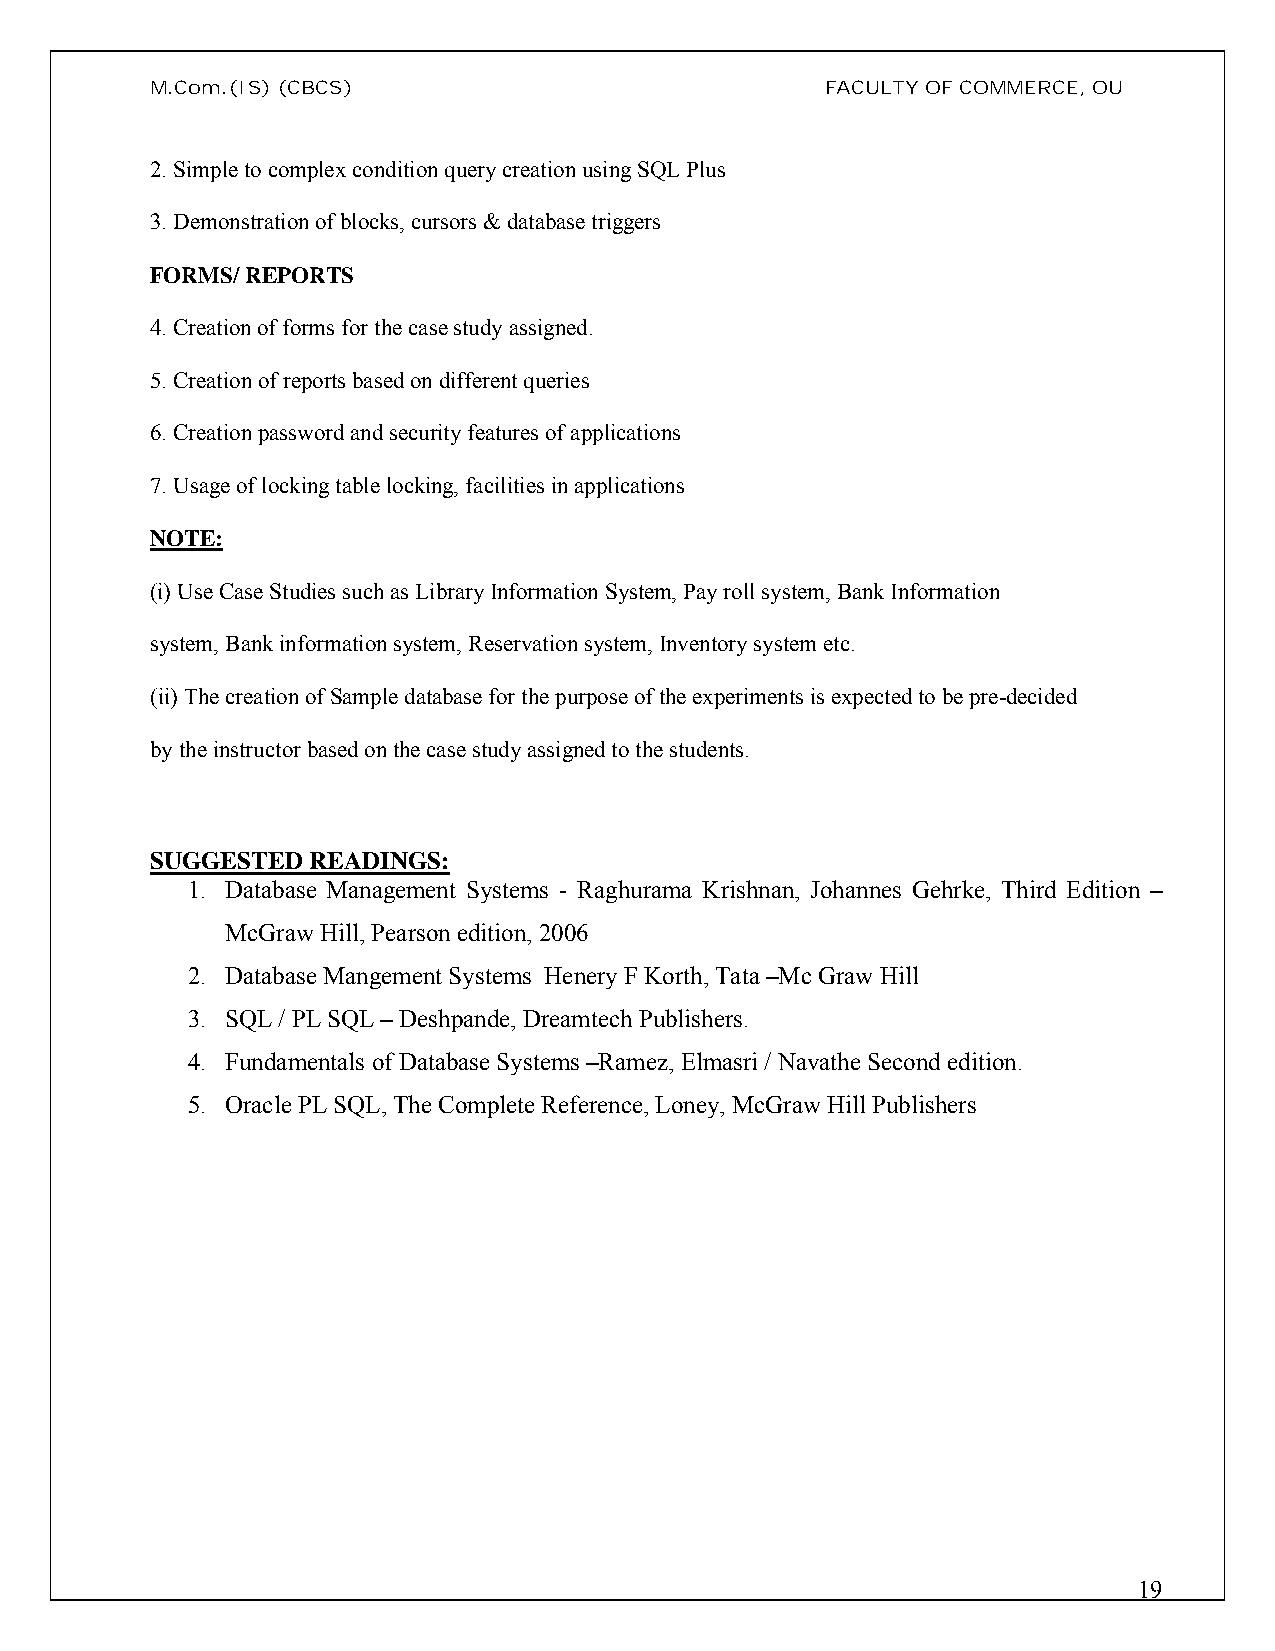
M.Com.(IS)(CBCS)                             FACULTY OF COMMERCE, OU
 2. Simple to complex condition query creation using SQL Plus
 3. Demonstration of blocks, cursors & database triggers
 FORMS/ REPORTS
 4. Creation of forms for the case study assigned.
 5. Creation of reports based on different queries
 6. Creation password and security features of applications
 7. Usage of locking table locking, facilities in applications
 NOTE:
 (i) Use Case Studies such as Library Information System, Pay roll system, Bank Information
 system, Bank information system, Reservation system, Inventory system etc.
 (ii) The creation of Sample database for the purpose of the experiments is expected to be pre-decided
 by the instructor based on the case study assigned to the students.
 SUGGESTED READINGS:
 1. Database Management Systems - Raghurama Krishnan, Johannes Gehrke, Third Edition –
 McGraw Hill, Pearsonedition, 2006
 2. Database Mangement Systems Henery F Korth, Tata –Mc Graw Hill
 3. SQL / PL SQL –Deshpande, Dreamtech Publishers.
 4. Fundamentals of Database Systems –Ramez, Elmasri / Navathe Second edition.
 5. Oracle PL SQL, The Complete Reference, Loney, McGraw Hill Publishers
 19